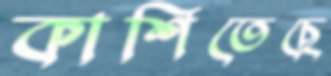
কাশিতেছে